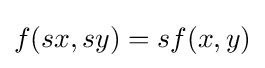
f(sx,sy)=sf(x,y)